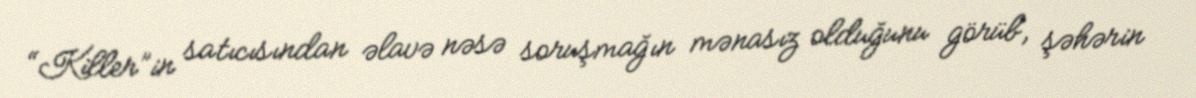
“Killer”in satıcısından əlavə nəsə soruşmağın mənasız olduğunu görüb, şəhərin